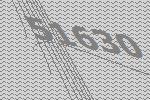
51630